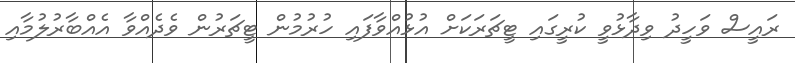
ރައީސް ވަހީދު ވިދާޅުވީ ކުރީގައި ޓީޗަރަކަށް އުޅުއްވާފައި ހުރުމުން ޓީޗަރުން ވެދެއްވާ އެއްބާރުލުމާއި